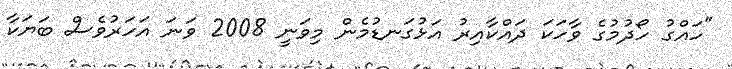
"ހައްގު ހޯދުމުގެ ވާހަކަ ދައްކާއިރު އަޅުގަނޑުމެން މިވަނީ 2008 ވަނަ އަހަރުވެސް ބަޔަކާ